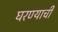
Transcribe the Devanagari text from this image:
घरण्याची